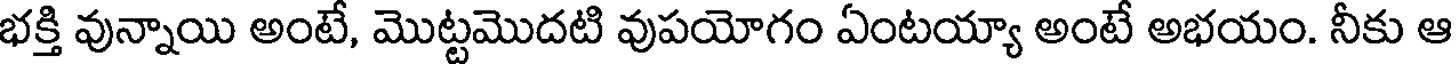
భక్తి వున్నాయి అంటే, మొట్టమొదటి వుపయోగం ఏంటయ్యా అంటే అభయం. నీకు ఆ